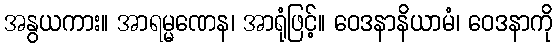
အနွယကား။ အာရမ္မဏေန၊ အာရုံဖြင့်။ ဝေဒနာနိယာမံ၊ ဝေဒနာကို